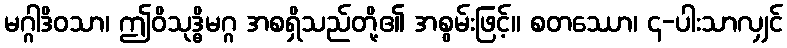
မဂ္ဂါဒိဝသာ၊ ဤဝိသုဒ္ဓိမဂ္ဂ အစရှိသည်တို့၏ အစွမ်းဖြင့်။ စတဿော၊ ၄-ပါးသာလျှင်